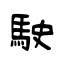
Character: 駛